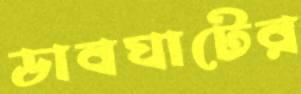
ডাবঘাটের